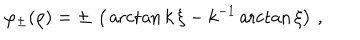
\varphi _ { \pm } ( \rho ) = \pm \, \left( \, \operatorname { a r c t a n } { k \, \xi } - k ^ { - 1 } \operatorname { a r c t a n } { \xi } \right) \, ,